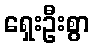
ရှေးဦးစွာ